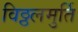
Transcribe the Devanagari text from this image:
विठ्ठलमुर्ति